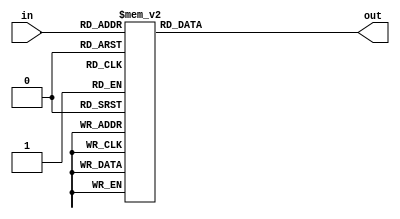
module SEG_7 (output reg [0:6]out,
			  input      [3:0]in
			  );

	always @(in) begin	
		case(in)
			4'h0: out = ~7'b1111110;
			4'h1: out = ~7'b0110000;
			4'h2: out = ~7'b1101101;
			4'h3: out = ~7'b1111001;
			4'h4: out = ~7'b0110011;
			4'h5: out = ~7'b1011011;
			4'h6: out = ~7'b1011111;
			4'h7: out = ~7'b1110000;
			4'h8: out = ~7'b1111111;
			4'h9: out = ~7'b1110011;
			4'ha: out = ~7'b1110111;
			4'hb: out = ~7'b0011111;
			4'hc: out = ~7'b1001110;
			4'hd: out = ~7'b0111101;
			4'he: out = ~7'b1001111;
			4'hf: out = ~7'b1000111;
			default: out = ~7'b0000000;

		endcase

	end

endmodule